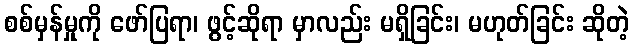
စစ်မှန်မှုကို ဖော်ပြရာ၊ ဖွင့်ဆိုရာ မှာလည်း မရှိခြင်း၊ မဟုတ်ခြင်း ဆိုတဲ့